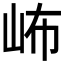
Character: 𱛕